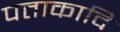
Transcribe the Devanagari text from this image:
पताकादि